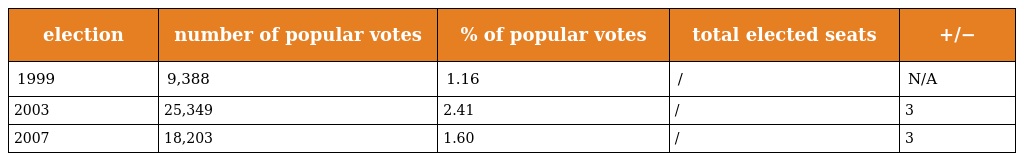
| election | number of popular votes | % of popular votes | total elected seats | +/− |
 | --- | --- | --- | --- | --- |
 | 1999 | 9,388 | 1.16 | / | N/A |
 | 2003 | 25,349 | 2.41 | / | 3 |
 | 2007 | 18,203 | 1.60 | / | 3 |